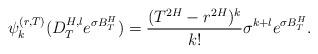
LaTeX: \begin{align*}\psi_{k}^{(r,T)}(D_{T}^{H,l}e^{\sigma B_T^H})=\frac{(T^{2H}-r^{2H})^{k}}{k!}\sigma^{k+l}e^{\sigma B_T^H}.\end{align*}